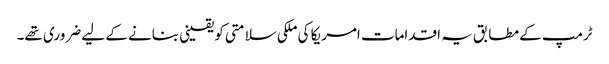
ٹرمپ کے مطابق یہ اقدامات امریکا کی ملکی سلامتی کو یقینی بنانے کے لیے ضروری تھے۔